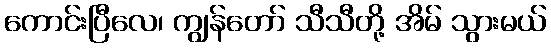
ကောင်းပြီလေ၊ ကျွန်တော် သီသီတို့ အိမ် သွားမယ်